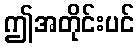
ဤအတိုင်းပင်